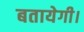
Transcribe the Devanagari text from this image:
बतायेगी।